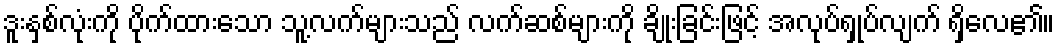
ဒူးနှစ်လုံးကို ပိုက်ထားသော သူ့လက်များသည် လက်ဆစ်များကို ချိုးခြင်းဖြင့် အလုပ်ရှုပ်လျက် ရှိလေ၏။